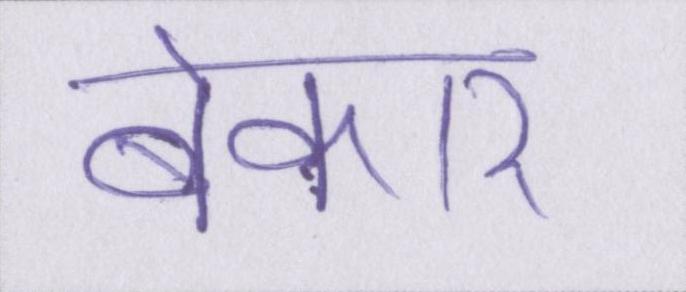
बेकार